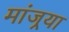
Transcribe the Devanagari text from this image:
मांजर्‍या